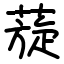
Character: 蔙